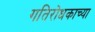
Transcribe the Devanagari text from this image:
गतिरोधकाच्या